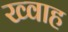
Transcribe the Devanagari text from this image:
ख्वाह